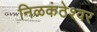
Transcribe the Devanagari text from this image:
निळकंठेश्वर